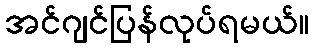
အင်ဂျင်ပြန်လုပ်ရမယ်။